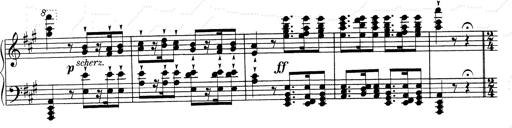
Title: RÃ©miniscences de Don Juan
Composer: Franz Liszt